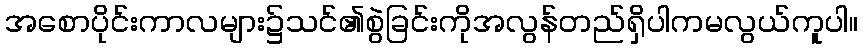
အစောပိုင်းကာလများ၌သင်၏စွဲခြင်းကိုအလွန်တည်ရှိပါကမလွယ်ကူပါ။